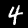
Label: 4